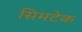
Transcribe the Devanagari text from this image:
सिमटेक